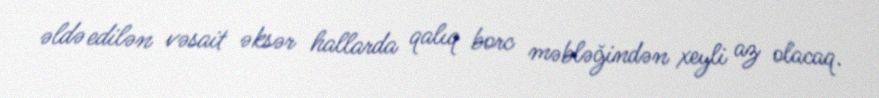
əldə edilən vəsait əksər hallarda qalıq borc məbləğindən xeyli az olacaq.